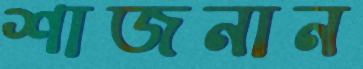
শাজনান